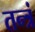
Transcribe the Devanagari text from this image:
तन्त्रं